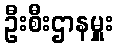
ဦးစီးဌာနမှူး